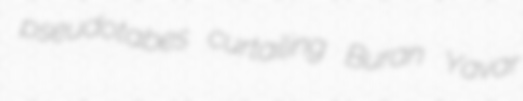
pseudotabes curtailing Buran Yavar